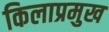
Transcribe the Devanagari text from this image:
किलाप्रमुख